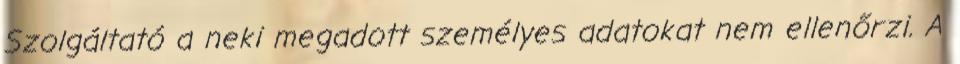
Szolgáltató a neki megadott személyes adatokat nem ellenőrzi. A